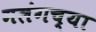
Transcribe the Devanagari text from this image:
मलंगच्या